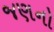
જણનો